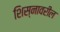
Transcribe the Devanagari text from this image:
शिस्नावरील